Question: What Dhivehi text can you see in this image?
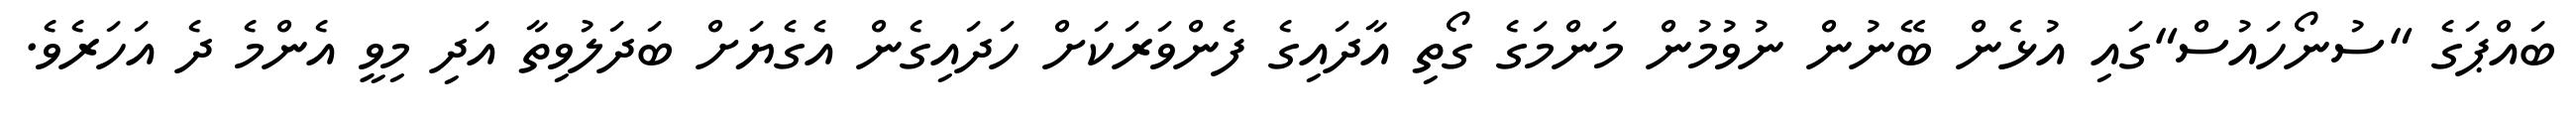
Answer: ބައްޕަގެ "ސުނޯހައުސް"ގައި އުޅެން ބޭނުން ނުވުމުން މަންމަގެ ގޯތި އާދައިގެ ފެންވަރަކަށް ހަދައިގެން އެގެޔަށް ބަދަލުވިތާ އަދި މިވީ އެންމެ ދެ އަހަރެވެ.